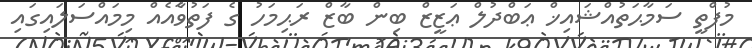
މުފްތީ ސަމާޙަތުއްޝައިޚް ޢަބްދުލް ޢަޒީޒް ބިން ބާޒް ރަޙިމަހު ގެ ފަތުވާެއެއް މިމައްސަލައިގައި